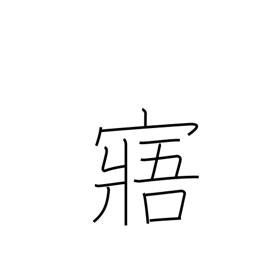
Meaning: understand